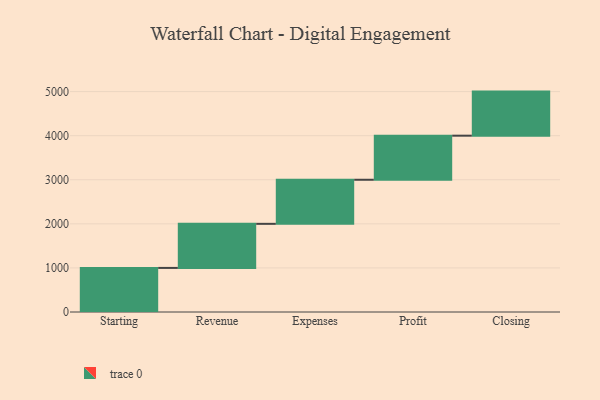
{"axis": {"x": "Step", "y": "Value"}, "legend": [""], "data": [{"x": "Starting", "y": 1000, "type": ""}, {"x": "Revenue", "y": 1000, "type": ""}, {"x": "Expenses", "y": 1000, "type": ""}, {"x": "Profit", "y": 1000, "type": ""}, {"x": "Closing", "y": 1000, "type": ""}]}